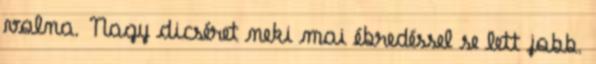
volna. Nagy dicséret neki mai ébredéssel se lett jobb.